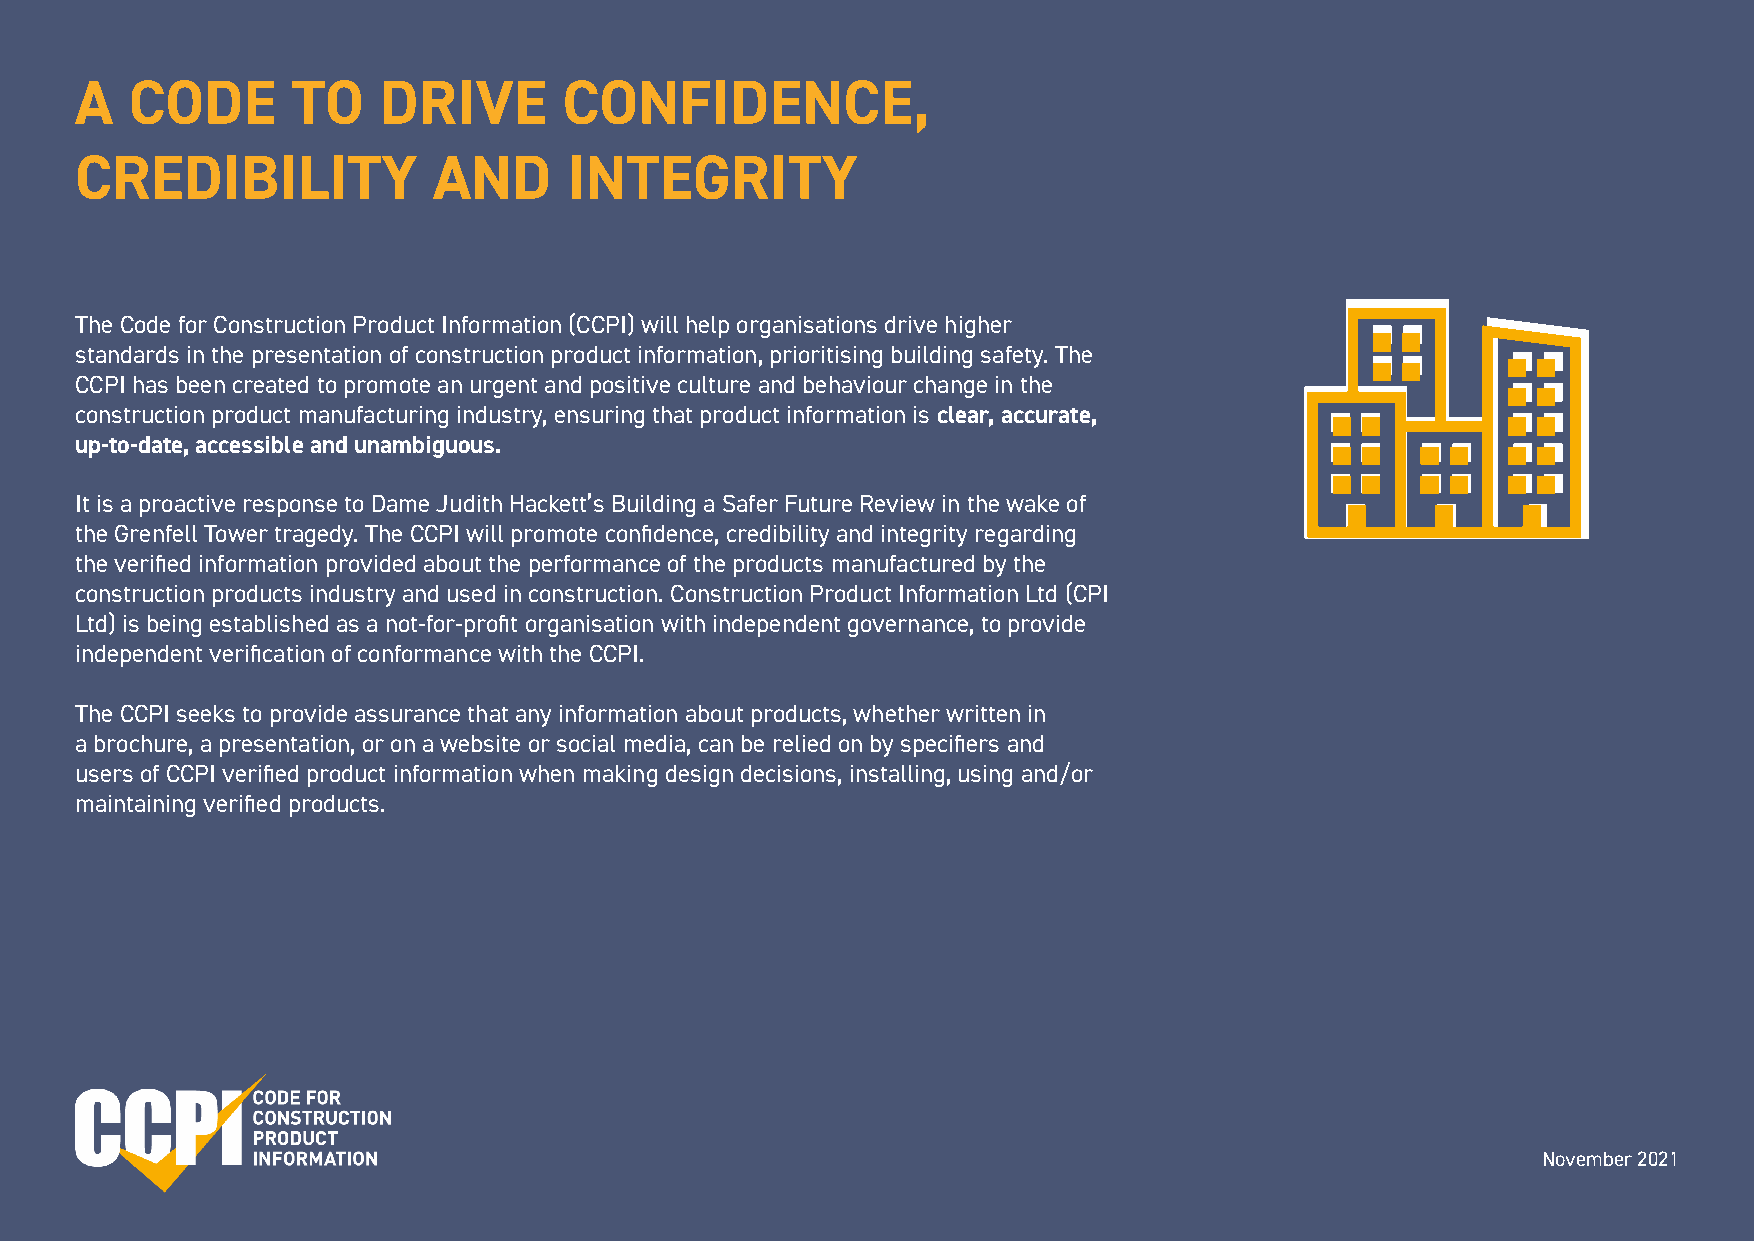
A   CODE      TO    DRIVE       CONFIDENCE,
 CREDIBILITY             AND      INTEGRITY
 The Code for Construction Product Information (CCPI) will help organisations drive higher
 standards in the presentation of construction product information, prioritising building safety. The
 CCPI has been created to promote an urgent and positive culture and behaviour change in the
 construction product manufacturing industry, ensuring that product information is clear, accurate,
 up-to-date, accessible and unambiguous.
 It is a proactive response to Dame Judith Hackett’s Building a Safer Future Review in the wake of
 the Grenfell Tower tragedy. The CCPI will promote confidence, credibility and integrity regarding
 the verified information provided about the performance of the products manufactured by the
 construction products industry and used in construction. Construction Product Information Ltd (CPI
 Ltd) is being established as a not-for-profit organisation with independent governance, to provide
 independent verification of conformance with the CCPI.
 The CCPI seeks to provide assurance that any information about products, whether written in
 a brochure, a presentation, or on a website or social media, can be relied on by specifiers and
 users of CCPI verified product information when making design decisions, installing, using and/or
 maintaining verified products.
 November 2021